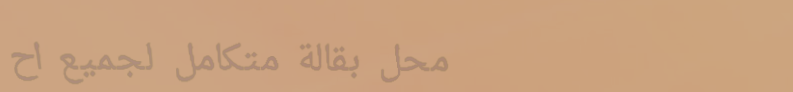
محل بقالة متكامل لجميع اح